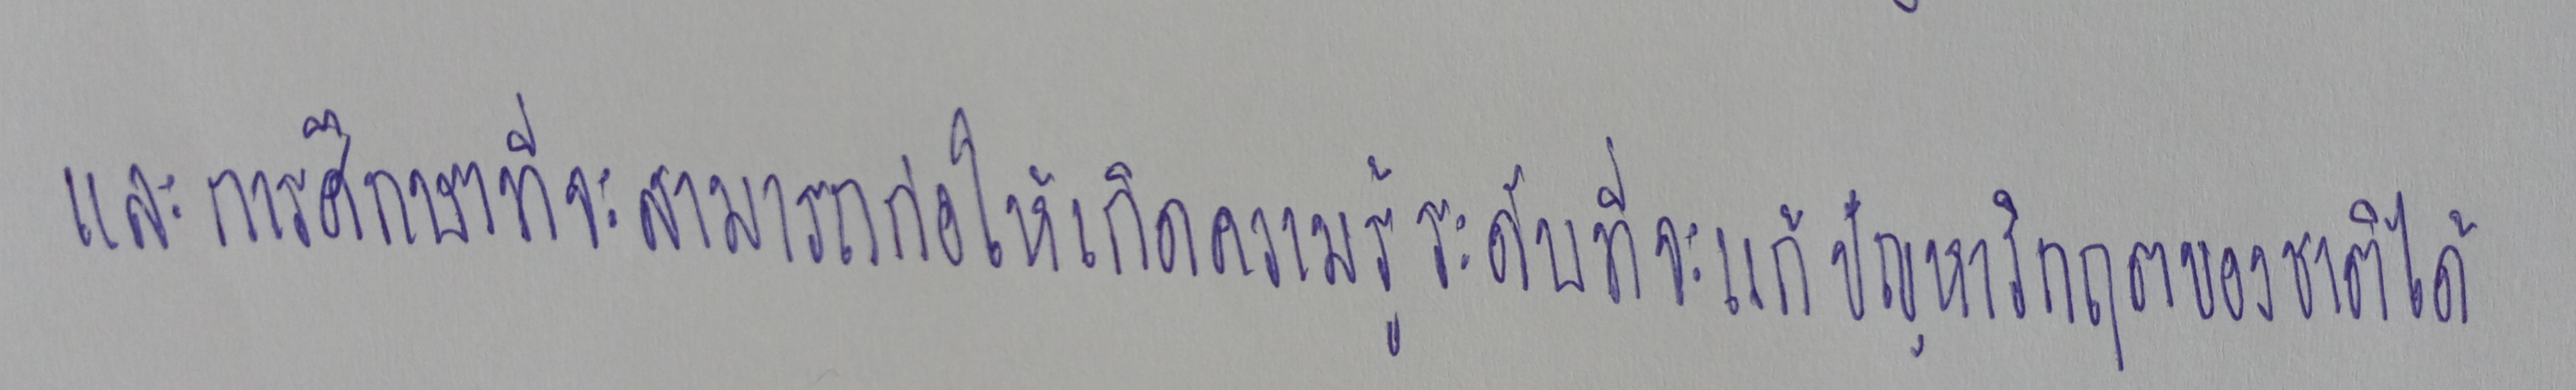
และการศึกษาที่จะสามารถก่อให้เกิดความรู้ระดับที่จะแก้ปัญหาวิกฤตของชาติได้